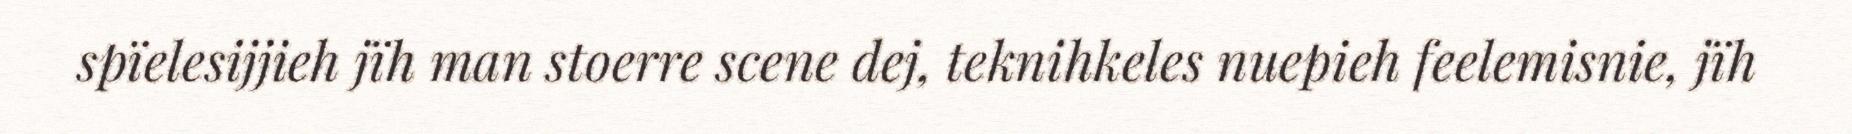
spïelesijjieh jïh man stoerre scene dej, teknihkeles nuepieh feelemisnie, jïh